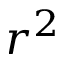
r ^ { 2 }